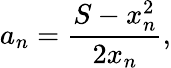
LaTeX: a_{n}={\frac{S-x_{n}^{2}}{2x_{n}}},